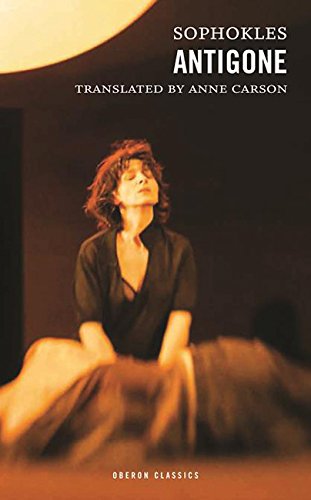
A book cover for Antigone (Oberon Classics); Sophokles; Parenting & Relationships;